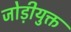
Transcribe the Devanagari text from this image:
जोड़ीयुक्त